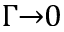
\Gamma { \rightarrow } 0